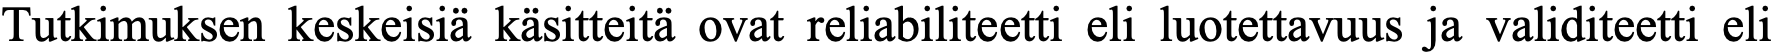
Tutkimuksen keskeisiä käsitteitä ovat reliabiliteetti eli luotettavuus ja validiteetti eli